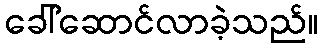
ခေါ်ဆောင်လာခဲ့သည်။